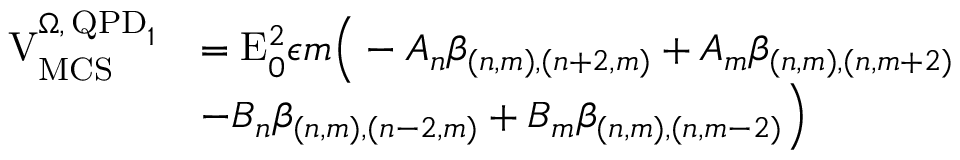
\begin{array} { r l } { \mathrm { V } _ { \mathrm { M C S } } ^ { \Omega , \, \mathrm { Q P D } _ { 1 } } } & { = \mathrm { E } _ { 0 } ^ { 2 } \epsilon m \Big ( - A _ { n } \beta _ { ( n , m ) , ( n + 2 , m ) } + A _ { m } \beta _ { ( n , m ) , ( n , m + 2 ) } } \\ & { - B _ { n } \beta _ { ( n , m ) , ( n - 2 , m ) } + B _ { m } \beta _ { ( n , m ) , ( n , m - 2 ) } \Big ) } \end{array}